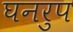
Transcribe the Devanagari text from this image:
घनरुप